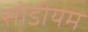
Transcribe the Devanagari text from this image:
सोडीयम